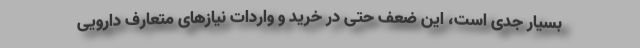
بسیار جدی است، این ضعف حتی در خرید و واردات نیازهای متعارف دارویی